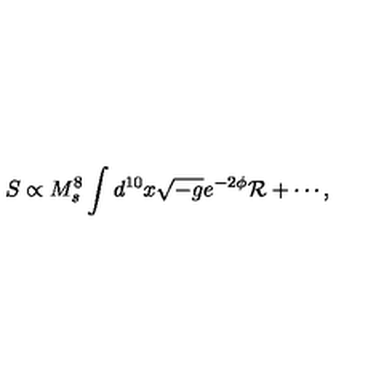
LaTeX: S \propto { M _ { s } ^ { 8 } } \int d ^ { 1 0 } x \sqrt { - g } e ^ { - 2 \phi } { \cal R } + \cdots ,